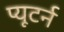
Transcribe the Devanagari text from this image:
प्यूटर्न